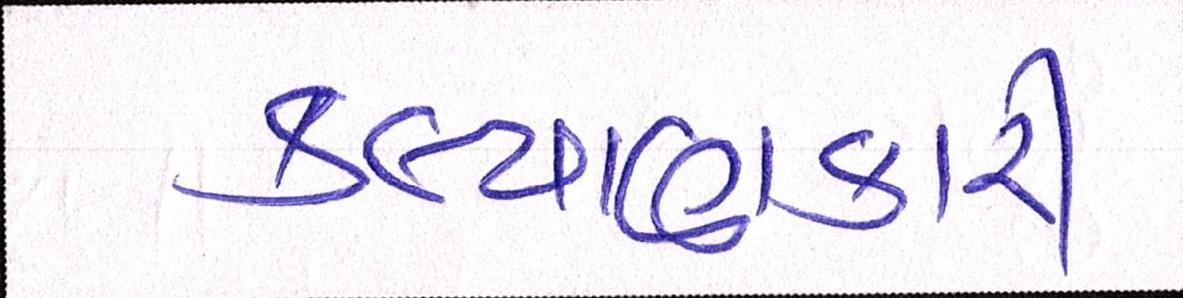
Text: કલ્યાણકારી